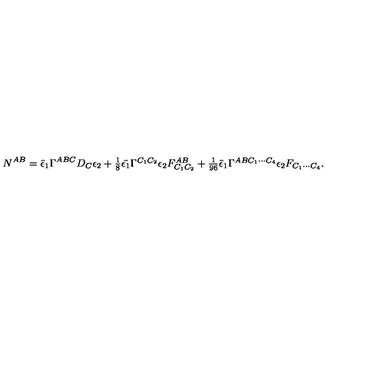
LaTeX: N ^ { A B } = \bar { \epsilon } _ { 1 } \Gamma ^ { A B C } D _ { C } \epsilon _ { 2 } + \textstyle { \frac { 1 } { 8 } } \bar { \epsilon _ { 1 } } \Gamma ^ { C _ { 1 } C _ { 2 } } \epsilon _ { 2 } F _ { C _ { 1 } C _ { 2 } } ^ { A B } + \textstyle { \frac { 1 } { 9 6 } } \bar { \epsilon } _ { 1 } \Gamma ^ { A B C _ { 1 } \cdots C _ { 4 } } \epsilon _ { 2 } F _ { C _ { 1 } \cdots C _ { 4 } } .